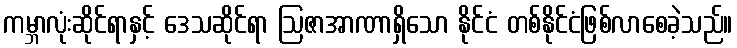
ကမ္ဘာလုံးဆိုင်ရာနှင့် ဒေသဆိုင်ရာ ဩဇာအာဏာရှိသော နိုင်ငံ တစ်နိုင်ငံဖြစ်လာစေခဲ့သည်။